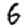
Digit: 6